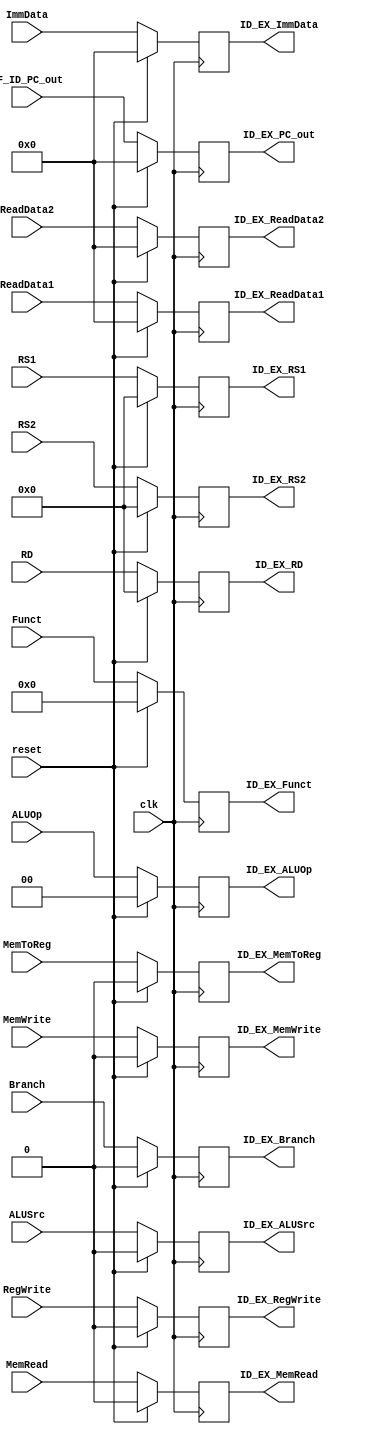
`timescale 1ns / 1ps

module ID_EX (clk, reset, 

RegWrite, MemRead, MemToReg, MemWrite, Branch, ALUOp, ALUSrc, // control signals
IF_ID_PC_out, ReadData1, ReadData2, ImmData, RS1, RS2, RD, Funct, // inputs

ID_EX_RegWrite, ID_EX_MemRead, ID_EX_MemToReg, ID_EX_MemWrite, ID_EX_Branch, ID_EX_ALUOp, ID_EX_ALUSrc, // control signals
ID_EX_PC_out, ID_EX_ReadData1, ID_EX_ReadData2, ID_EX_ImmData, ID_EX_RS1, ID_EX_RS2, ID_EX_RD, ID_EX_Funct); // outputs

//inputs
input clk, reset, RegWrite, MemRead, MemToReg, MemWrite, Branch, ALUSrc; //1 bit
input [1:0] ALUOp; // 2 bits
input [63:0] IF_ID_PC_out, ReadData1, ReadData2, ImmData; // 64 bits
input [3:0] Funct; // 4 bits
input [4:0] RS1, RS2, RD; // 5 bits

//outputs
output reg ID_EX_RegWrite, ID_EX_MemRead, ID_EX_MemToReg, ID_EX_MemWrite, ID_EX_Branch, ID_EX_ALUSrc; // 1 bit
output reg [1:0] ID_EX_ALUOp; //2 bits
output reg [63:0] ID_EX_PC_out, ID_EX_ReadData1, ID_EX_ReadData2, ID_EX_ImmData; // 64 bits
output reg [3:0] ID_EX_Funct; // 4 bits
output reg [4:0] ID_EX_RS1, ID_EX_RS2, ID_EX_RD ; // 5 bits

//Assigning values
always @(posedge clk) // -- triggers re-evaluation
begin
    
    case (reset)
    
        1'b1: // when reset is on
        begin
            ID_EX_RegWrite <= 0;
            ID_EX_MemRead <= 0;
            ID_EX_MemToReg <= 0;
            ID_EX_MemWrite <= 0;
            ID_EX_Branch <= 0;
            ID_EX_ALUSrc <= 0;
            ID_EX_ALUOp <= 0; // or <= 2'b0;
            ID_EX_PC_out <= 0;
            ID_EX_ReadData1 <= 0; // or <= 64'd0;
            ID_EX_ReadData2 <= 0; // or <= 64'd0;
            ID_EX_ImmData <= 0; // or <= 64'd0;
            ID_EX_Funct <= 0; // or <= 4'd0;
            ID_EX_RS1 <= 0; // or <= 5'b0;
            ID_EX_RS2 <= 0; // or <= 5'b0;
            ID_EX_RD <= 0; // or <= 5'b0;
        end
        
//        1'b0: // when reset is 0
//        begin
        default:
        begin
            ID_EX_RegWrite <= RegWrite;
            ID_EX_MemRead <= MemRead;
            ID_EX_MemToReg <= MemToReg;
            ID_EX_MemWrite <= MemWrite;
            ID_EX_Branch <= Branch;
            ID_EX_ALUSrc <= ALUSrc;
            ID_EX_ALUOp <= ALUOp;
            ID_EX_PC_out <= IF_ID_PC_out;
            ID_EX_ReadData1 <= ReadData1;
            ID_EX_ReadData2 <= ReadData2;
            ID_EX_ImmData <= ImmData;
            ID_EX_Funct <= Funct;
            ID_EX_RS1 <= RS1;
            ID_EX_RS2 <= RS2;
            ID_EX_RD <= RD;
        end     
    endcase 
      
end
endmodule